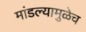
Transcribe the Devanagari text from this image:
मांडल्यामुळेच